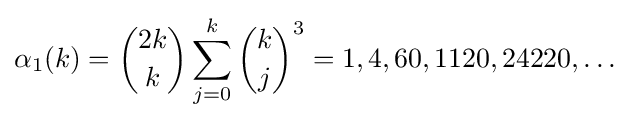
\alpha _{1}(k)={\binom {2k}{k}}\sum _{j=0}^{k}{\binom {k}{j}}^{3}=1,4,60,1120,24220,\ldots